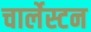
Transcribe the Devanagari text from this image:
चार्लेस्टन